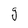
Character: g